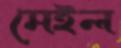
মেইল